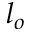
l _ { o }